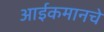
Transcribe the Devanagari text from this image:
आईकमानचे